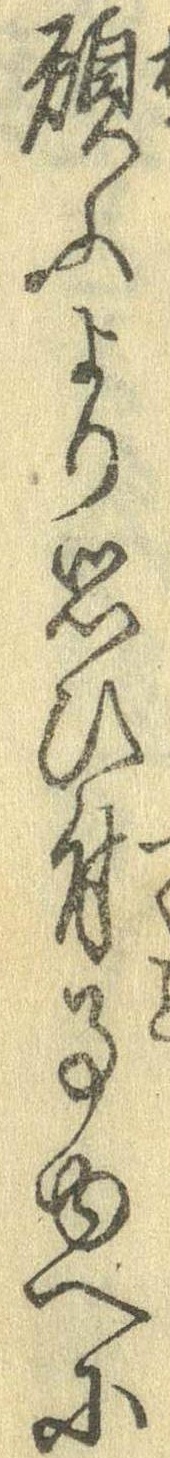
願ふより思ひ付事ゆへに